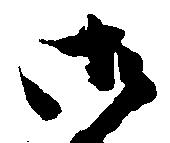
御